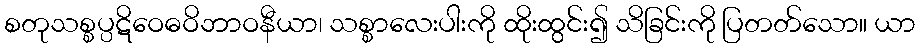
စတုသစ္စပ္ပဋိဝေဓဝိဘာဝနီယာ၊ သစ္စာလေးပါးကို ထိုးထွင်း၍ သိခြင်းကို ပြတတ်သော။ ယာ